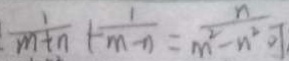
\frac { 1 } { m + n } + \frac { 1 } { m - n } = \frac { n } { m ^ { 2 } - n ^ { 2 } }